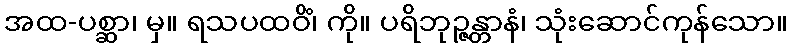
အထ-ပစ္ဆာ၊ မှ။ ရသပထဝိံ၊ ကို။ ပရိဘုဉ္ဇန္တာနံ၊ သုံးဆောင်ကုန်သော။